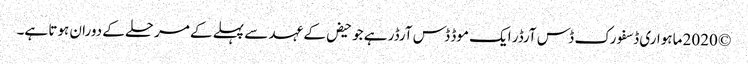
© 2020 ماہواری ڈسفورک ڈس آرڈر ایک موڈ ڈس آرڈر ہے جو حیض کے عہد سے پہلے کے مرحلے کے دوران ہوتا ہے۔